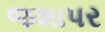
જશાપર